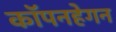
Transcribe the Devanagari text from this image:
कॉपनहेगन